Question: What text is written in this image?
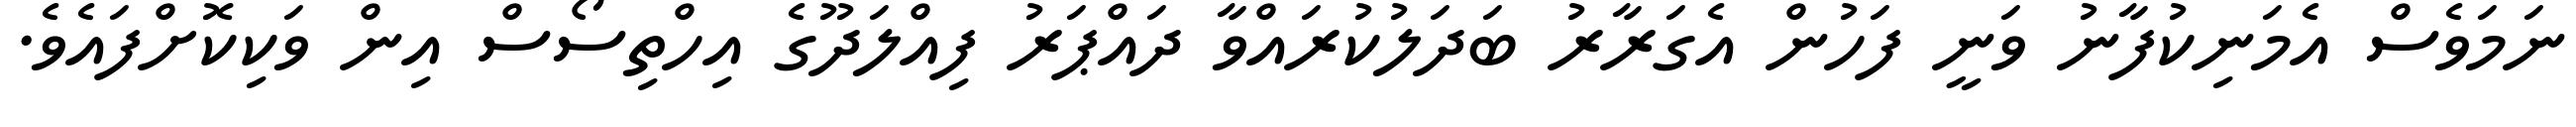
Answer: ނަމަވެސް އެމަނިކުފާނު ވަނީ ފަހުން އެގަރާރު ބަދަލުކުރައްވާ ދައްޕަރު ފިއްލަދޫގެ އިހްތިސޯސް އިން ވަކިކޮށްފައެވެ.